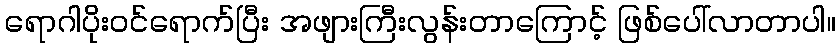
ရောဂါပိုးဝင်ရောက်ပြီး အဖျားကြီးလွန်းတာကြောင့် ဖြစ်ပေါ်လာတာပါ။